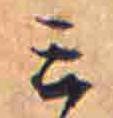
ミ